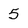
Character: 5